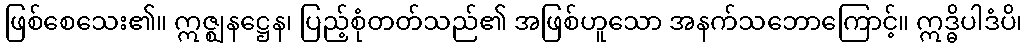
ဖြစ်စေသေး၏။ ဣဇ္ဈနဋ္ဌေန၊ ပြည့်စုံတတ်သည်၏ အဖြစ်ဟူသော အနက်သဘောကြောင့်။ ဣဒ္ဓိပါဒံပိ၊